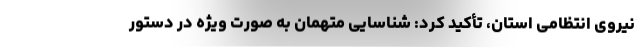
نیروی انتظامی استان، تأکید کرد: شناسایی متهمان به صورت ویژه در دستور